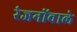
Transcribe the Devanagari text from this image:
रंजनोंवाले